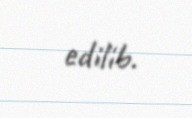
edilib.